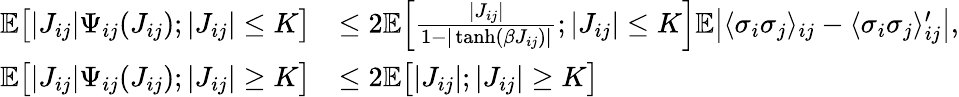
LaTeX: \begin{array}{rl}{\mathbb E\bigl[|J_{ij}|\Psi_{ij}(J_{ij});|J_{ij}|\leq K\bigr]}&{\leq 2\mathbb E\Bigl[\frac{|J_{ij}|}{1-|\operatorname{tanh}(\beta J_{ij})|};|J_{ij}|\leq K\Bigr]\mathbb E\bigl|\langle\sigma_{i}\sigma_{j}\rangle_{ij}-\langle\sigma_{i}\sigma_{j}\rangle_{ij}^{\prime}\bigr|,}\\ {\mathbb E\bigl[|J_{ij}|\Psi_{ij}(J_{ij});|J_{ij}|\geq K\bigr]}&{\leq 2\mathbb E\bigl[|J_{ij}|;|J_{ij}|\geq K\bigr]}\end{array}